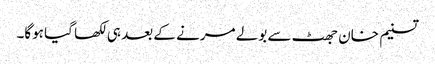
تسنیم خان جھٹ سے بولے مرنے کے بعد ہی لکھا گیا ہوگا۔